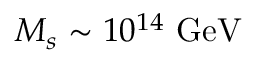
M _ { s } \sim 1 0 ^ { 1 4 } ~ \mathrm { G e V }